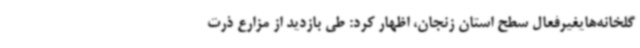
گلخانه‌هایغیرفعال سطح استان زنجان، اظهار کرد: طی بازدید از مزارع ذرت